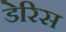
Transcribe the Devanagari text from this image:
डेरिस